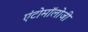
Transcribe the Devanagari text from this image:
एंटोमॉलोजी